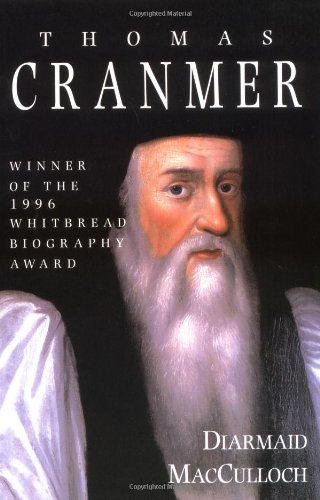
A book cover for Thomas Cranmer: A Life; Diarmaid MacCulloch; Christian Books & Bibles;